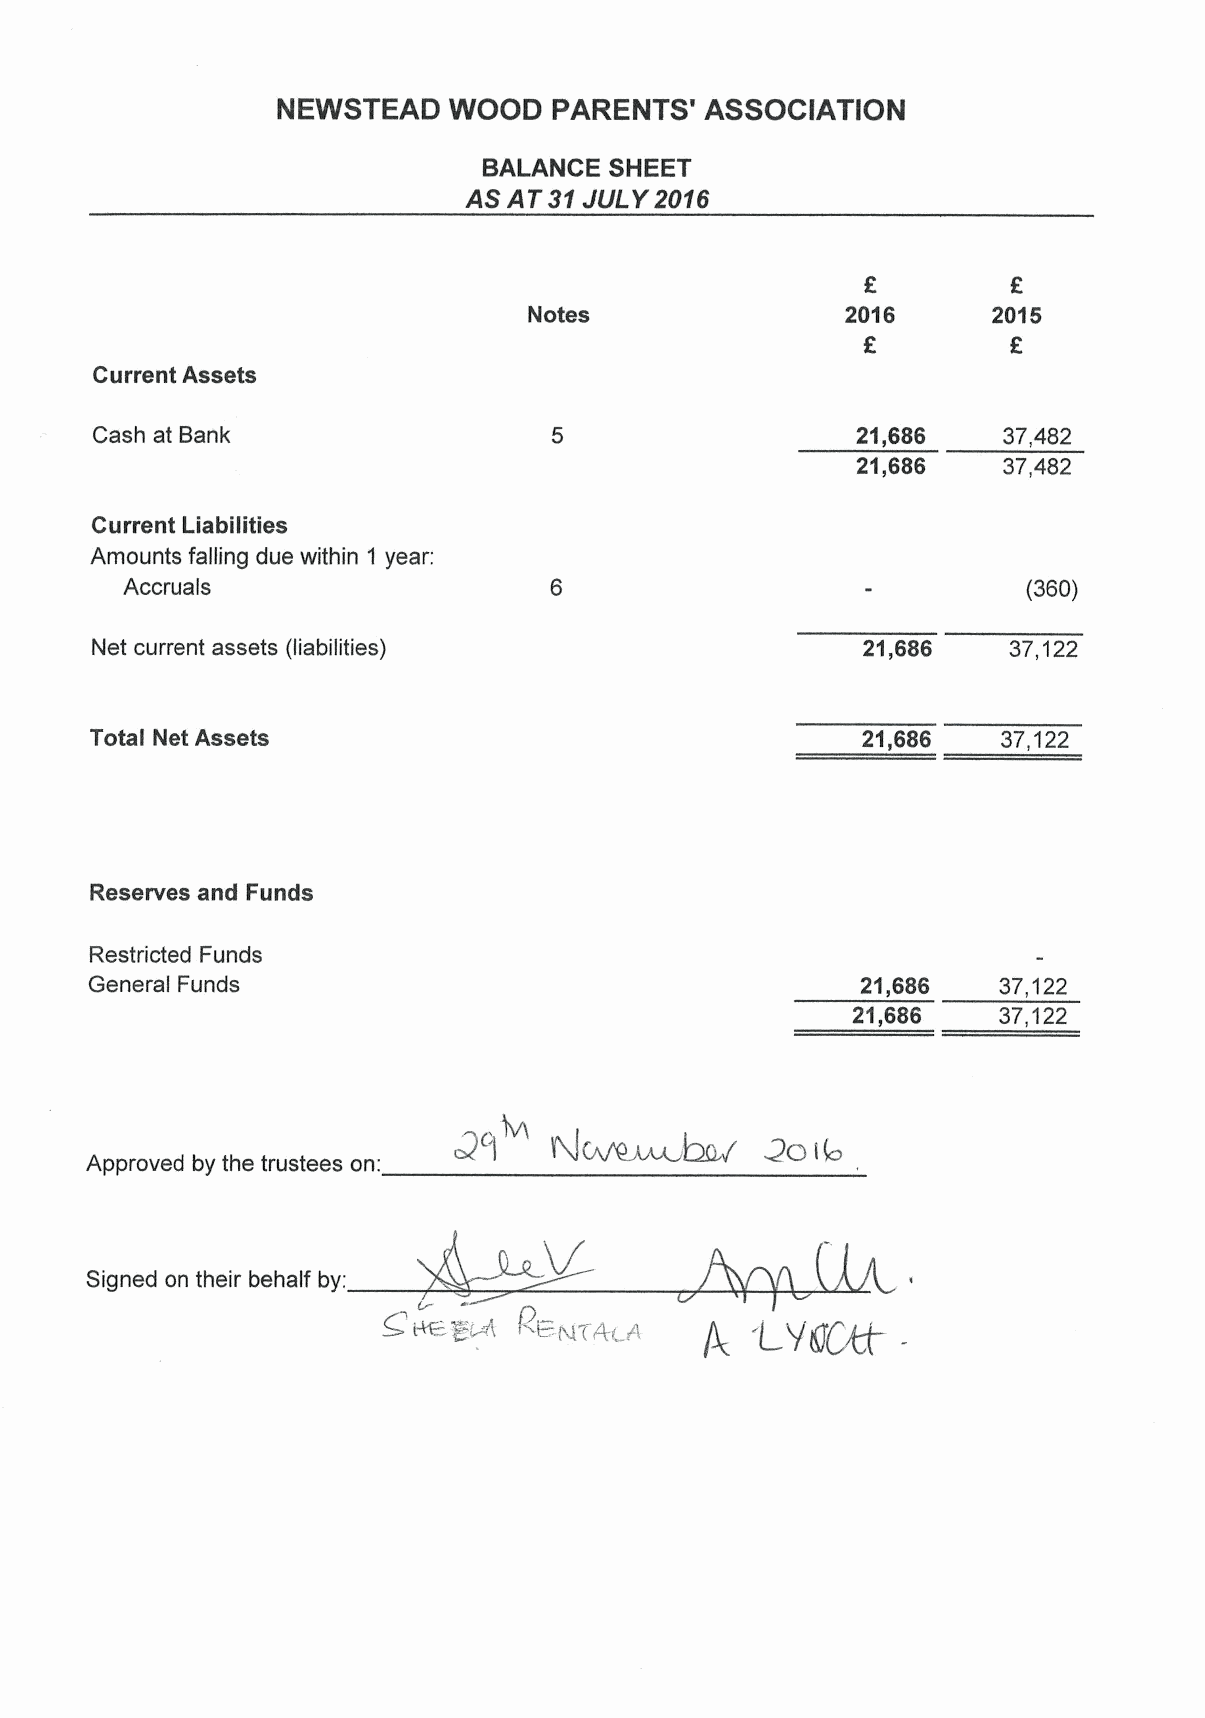
NEWSTEAD    WOOD   PARENTS'  ASSOCIATION
 BALANCE SHEET
 AS AT 31JULY2016
 Notes                2016      2015
 Current Assets
 Cash at Bank                                       21,686   37,482
 21,686   37,482
 Current Liabilities
 Amounts falling due within 1 year:
 Accruals                                                    (360)
 Net current assets (liabilities)                   21,686    37,122
 Total Net Assets                                   21,686   37,122
 Reserves and Funds
 Restricted Funds
 General Funds                                      21,686   37,122
 21,686    37,122
 4(nl%~~
 c3 I                 go lb
 Approved by the trustees on:
 Signed on their behalf by:
 PENTANE 8    g  'Lpga"g